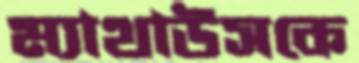
ম্যাথাউসকে